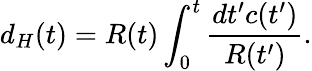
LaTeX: d_{H}(t)=R(t)\int_{0}^{t}\frac{dt^{\prime}c(t^{\prime})}{R(t^{\prime})}.